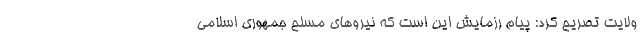
ولایت تصریح کرد: پیام رزمایش این است که نیروهای مسلح جمهوری اسلامی